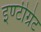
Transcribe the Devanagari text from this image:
इण्टीग्रेट